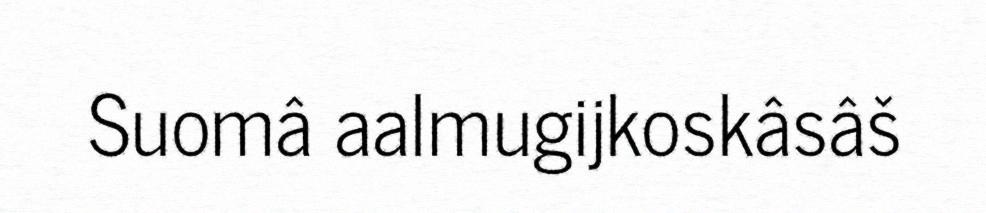
Suomâ aalmugijkoskâsâš